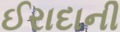
ઈરાદાની